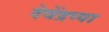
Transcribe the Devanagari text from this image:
देवेंद्रप्पा